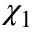
\chi _ { 1 }